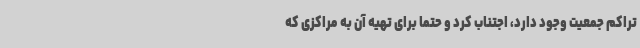
تراکم جمعیت وجود دارد، اجتناب کرد و حتماً برای تهیه آن به مراکزی که